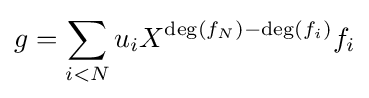
g=\sum _{i<N}u_{i}X^{\deg(f_{N})-\deg(f_{i})}f_{i}